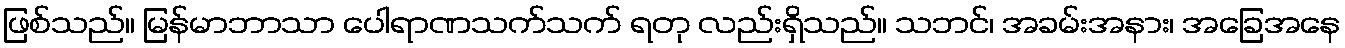
ဖြစ်သည်။ မြန်မာဘာသာ ပေါရာဏသက်သက် ရတု လည်းရှိသည်။ သဘင်၊ အခမ်းအနား၊ အခြေအနေ